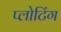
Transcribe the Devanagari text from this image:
प्लोटिंग